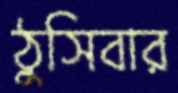
ঠুসিবার